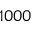
1 0 0 0